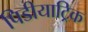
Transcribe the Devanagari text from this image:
पिडीयाट्रिक